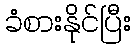
ခံစားနိုင်ပြီး